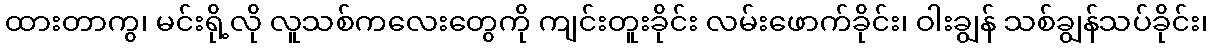
ထားတာကွ၊ မင်းရို့လို လူသစ်ကလေးတွေကို ကျင်းတူးခိုင်း လမ်းဖောက်ခိုင်း၊ ဝါးချွန် သစ်ချွန်သပ်ခိုင်း၊